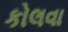
કોલવા